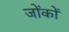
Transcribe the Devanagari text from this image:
जोंकों